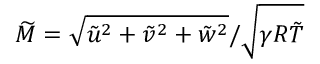
\widetilde { M } = \sqrt { \tilde { u } ^ { 2 } + \tilde { v } ^ { 2 } + \tilde { w } ^ { 2 } } / \sqrt { \gamma R \tilde { T } }